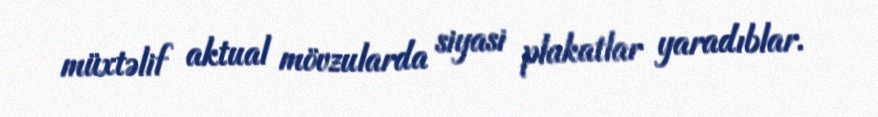
müxtəlif aktual mövzularda siyasi plakatlar yaradıblar.